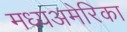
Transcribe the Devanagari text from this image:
मध्यअमेरिका